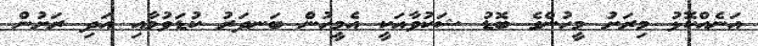
އަނެއްކޮޅު މިރަށު މީހުންގެ ބޮޑު ޝަކުވާއަކީ އެމީހުން ބަނދަރު ކުޑަވުމާއި އަދި ރަށުން